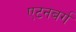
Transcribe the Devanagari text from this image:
एटनबर्ग